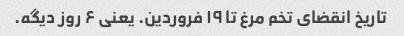
تاریخ انقضای تخم مرغ تا ۱۹ فروردین. یعنی ۶ روز دیگه.